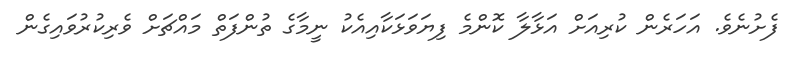
ފެށުނެވެ. އަހަރެން ކުރިއަށް އަޅާލާ ކޮންމެ ފިޔަވަޅަކާއިއެކު ނީމާގެ ތުންފަތް މައްޗަށް ވެރިކުރުވައިގެން